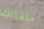
ملفاتك